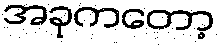
အခုကတော့